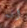
انه